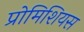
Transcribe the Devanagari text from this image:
प्रोमिशियस